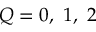
Q = 0 , \ 1 , \ 2